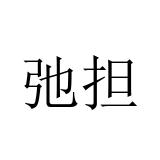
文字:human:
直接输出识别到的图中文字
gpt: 弛担